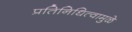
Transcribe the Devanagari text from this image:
प्रतिनिधित्वामुळे